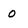
Character: O